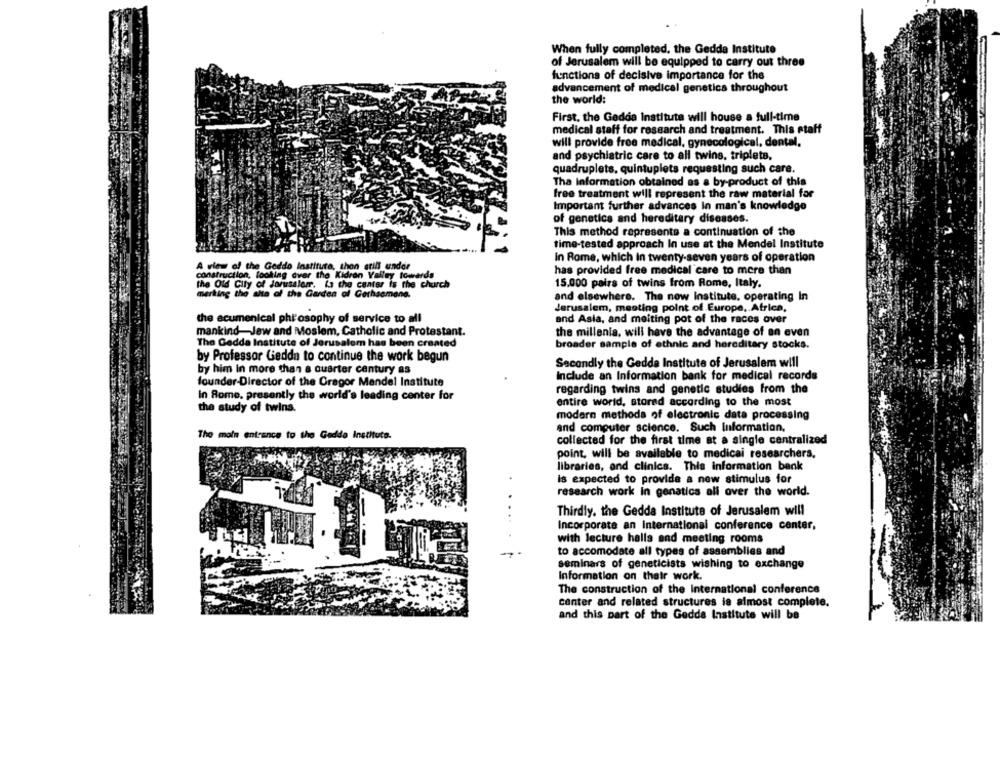
When fully completed, the Gedda Institute
of Jerusalem will be equipped to carry out three
functions of decisive importance for the
advancement of medical genetics throughout
the world:
First, the Gedda Institute will house a full-time
medical staff for research and treatment. This staff
will provide free medical, gynecological, dental,
and psychiatric care to all twins. triplets,
quadruplets, quintuplets requesting such care.
Tha Information obtained as a by-product of this
free treatment will represent the raw material for
Important further advances in man's knowledge
of genetics and hereditary diseases.
This method represents a continuation of the
time-tested approach In use at the Mendel Institute
In Rome, which In twenty-seven years of operation
A view of the Geddo Instituta, thon erill under
construction, looking dvar the Kidren Valley towards
has provided free medical care to more than
the Old City of Jerusalemr. Is the center is the church
15.000 pairs of twins from Rome, Italy.
merking the alta of the Garden of Garhsomone.
and elsewhere. The now Institute, operating In
Jerusalem, meeting point of Europe, Africa,
the ecumenical phi'osophy of service to all
and Asia, and melting pot of the races over
mankind-Jew and Moslem, Catholic and Protestant.
the millenia, will have the advantage of an even
The Gedda Institute of Jerusalem has been created
broader sample of ethnic and hereditary stocks.
by Professor Gedda to continue the work begun
Secondly the Gedda Institute of Jerusalem will
by him in more than a quarter century as
Include an Information bank for medical records
founder-Director of the Gregor Mendel Institute
In Rome. presently the world's leading center for
regarding twins and genetic studies from the
entire world, stored according to the most
the study of twins.
modern methods of electronic data processing
and computer science. Such Information,
The main entrance to the Gedde Institute.
collected for the first time at a single centralized
point, will be available to medicai researchers,
libraries, and clinics. This information bank
is expected to provide a new stimulus for
research work in genatics all over the world.
Thirdly. the Gedda Institute of Jerusalem will
Incorporate an International conference center,
with lecture halls and meeting rooms
to accomodate all types of assemblies and
seminars of geneticists wishing to exchange
Information on their work.
The construction of the International conference
center and related structures is almost complete.
and this part of the Gedda Institute will be